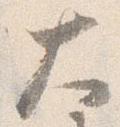
大